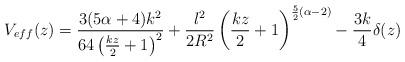
LaTeX: \begin{align*}V_{eff}(z)=\frac{3 (5\alpha+4)k^2}{64\left({kz \over2}+1\right)^2}+{l^2 \over 2R^2}\left({kz \over 2}+1\right)^{{5 \over 2}(\alpha-2)}-{3k \over 4}\delta(z)\end{align*}